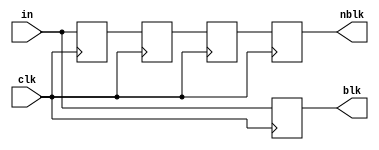
module blocking(clk, in, blk, nblk);

input clk;
input [2:0] in;
output [2:0] blk, nblk;

reg [2:0] blk, nblk;
reg [2:0] blk_reg1, blk_reg2, blk_reg3;
reg [2:0] nblk_reg1, nblk_reg2, nblk_reg3;

always@(posedge clk)begin
	nblk_reg1 <= in;
	nblk_reg2 <= nblk_reg1;
	nblk_reg3 <= nblk_reg2;
	nblk <= nblk_reg3;
end

always@(posedge clk)begin
	blk_reg1 = in;
	blk_reg2 = blk_reg1;
	blk_reg3 = blk_reg2;
	blk  = blk_reg3;	
end

endmodule